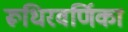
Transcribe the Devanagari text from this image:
रूधिरवर्णिका